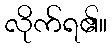
လိုက်ရ၏။